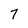
Character: 7